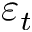
\varepsilon _ { t }